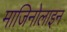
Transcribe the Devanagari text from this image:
माजिनोलाइन